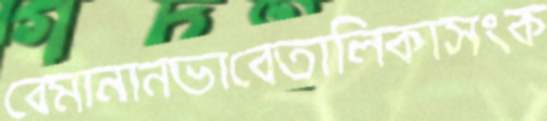
বেমানানভাবেতালিকাসংক